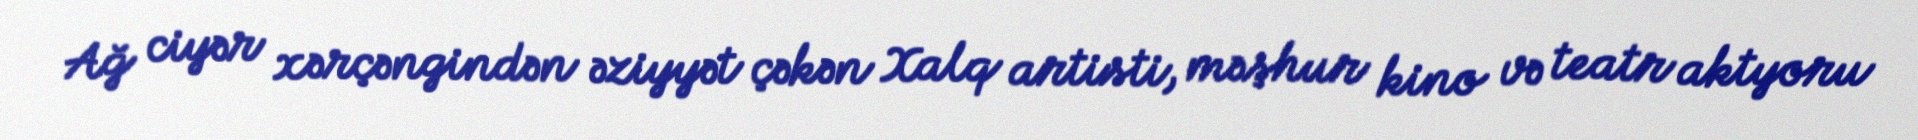
Ağ ciyər xərçəngindən əziyyət çəkən Xalq artisti, məşhur kino və teatr aktyoru